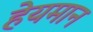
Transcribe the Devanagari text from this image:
हेयमान